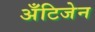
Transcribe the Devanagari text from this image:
अँटिजेन